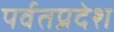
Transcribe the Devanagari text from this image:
पर्वतप्रदेश